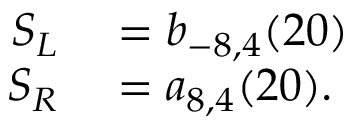
\begin{array} { r l } { S _ { L } } & { { } = b _ { - 8 , 4 } ( 2 0 ) } \\ { S _ { R } } & { { } = a _ { 8 , 4 } ( 2 0 ) . } \end{array}